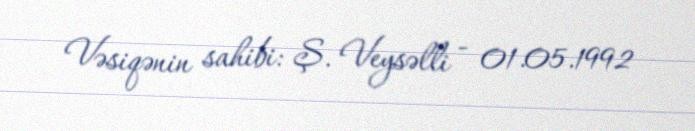
Vəsiqənin sahibi: Ş. Veysəlli - 01.05.1992